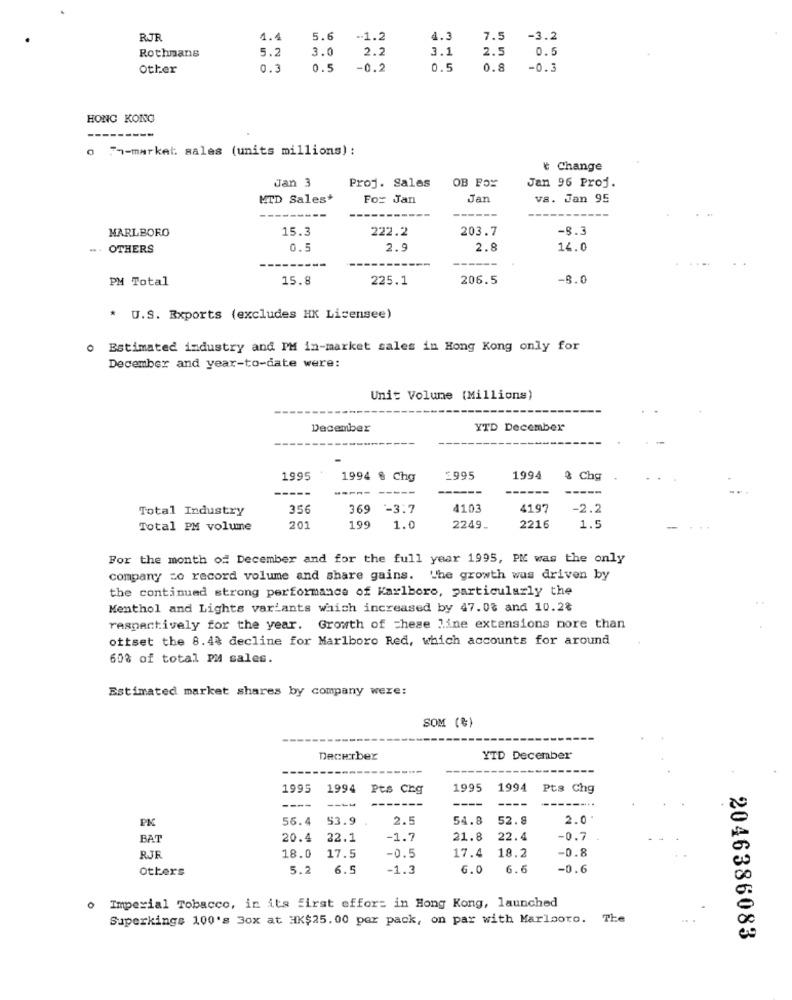
RJR
1.4
5.6
-1.2
4.3
7.5
-3.2
2.2
2.5
0.5
Rothmans
5.2
3.0
3.1
Other
0.3
0.5
-0.2
0.5
0.8
-0.3
HONG KONG
o 7 -- market sales (units millions) :
₺ Change
Proj. Sales
OB Fox
Jan 96 Proj.
Jan
MTD Sales*
For Jan
Jan
vs. Jan 95
MARLBORO
15.3
222.2
203.7
-8.3
.. OTHERS
0.5
2.5
2.8
14.0
PM Total
15.8
225.1
206.5
-8.0
* U.S. Exports (excludes HK Licensee)
o Estimated industry and PM in-market sales in Hong Kong only for
December and year-to-date were:
Unit Volume (Millions)
December
YTD December
1995
1994 % Chg
£995
1994
& Chg
----
-----
59E
Total Industry
356
-3.7
4103
41.97
-2.2
Total PM volume
201
199
1.0
2249.
2216
1.5
For the month of December and for the full year 1995, PK was the only
company zo record volume and share gains. The growth was driven by
the continued strong performance of Karlboro, particularly the
Menthol and Lights var'ants which increased by 47.03 and 10.28
respectively for the year. Growth of these line extensions more than
ottset the 8.4% decline for Marlboro Red, which accounts for around
60% of total PM sales.
Estimated market shares by company were:
SOM ()
Decerber
YID December
1995
1994
Pts Chg
1995
1994
Pts Chg
----
----
----
----
-------
PK
56.4
53.9
2.5
54.8
52.8
2.0'
BAT
20.4
22.1
-1.7
21.8
22.4
-0.7
-0.5
17.4
18.2
-0.8
RJR
18.0
17.5
Others
5.2
6.5
-1.3
6.0
6.6
-0.6
0
Imperial Tobacco, in its first offor: in Hong Kong, launched
Superkings 100's 3ox at HK$25.00 per pack, on par with Marlaoro. The
.. .
2046386083